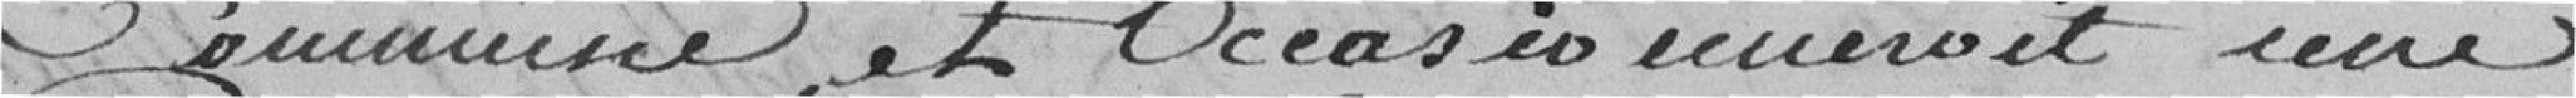
commune et occasionnerait une